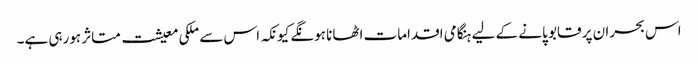
اس بحران پر قابو پانے کے لیے ہنگامی اقدامات اٹھانا ہونگے کیونکہ اس سے ملکی معیشت متاثر ہورہی ہے۔